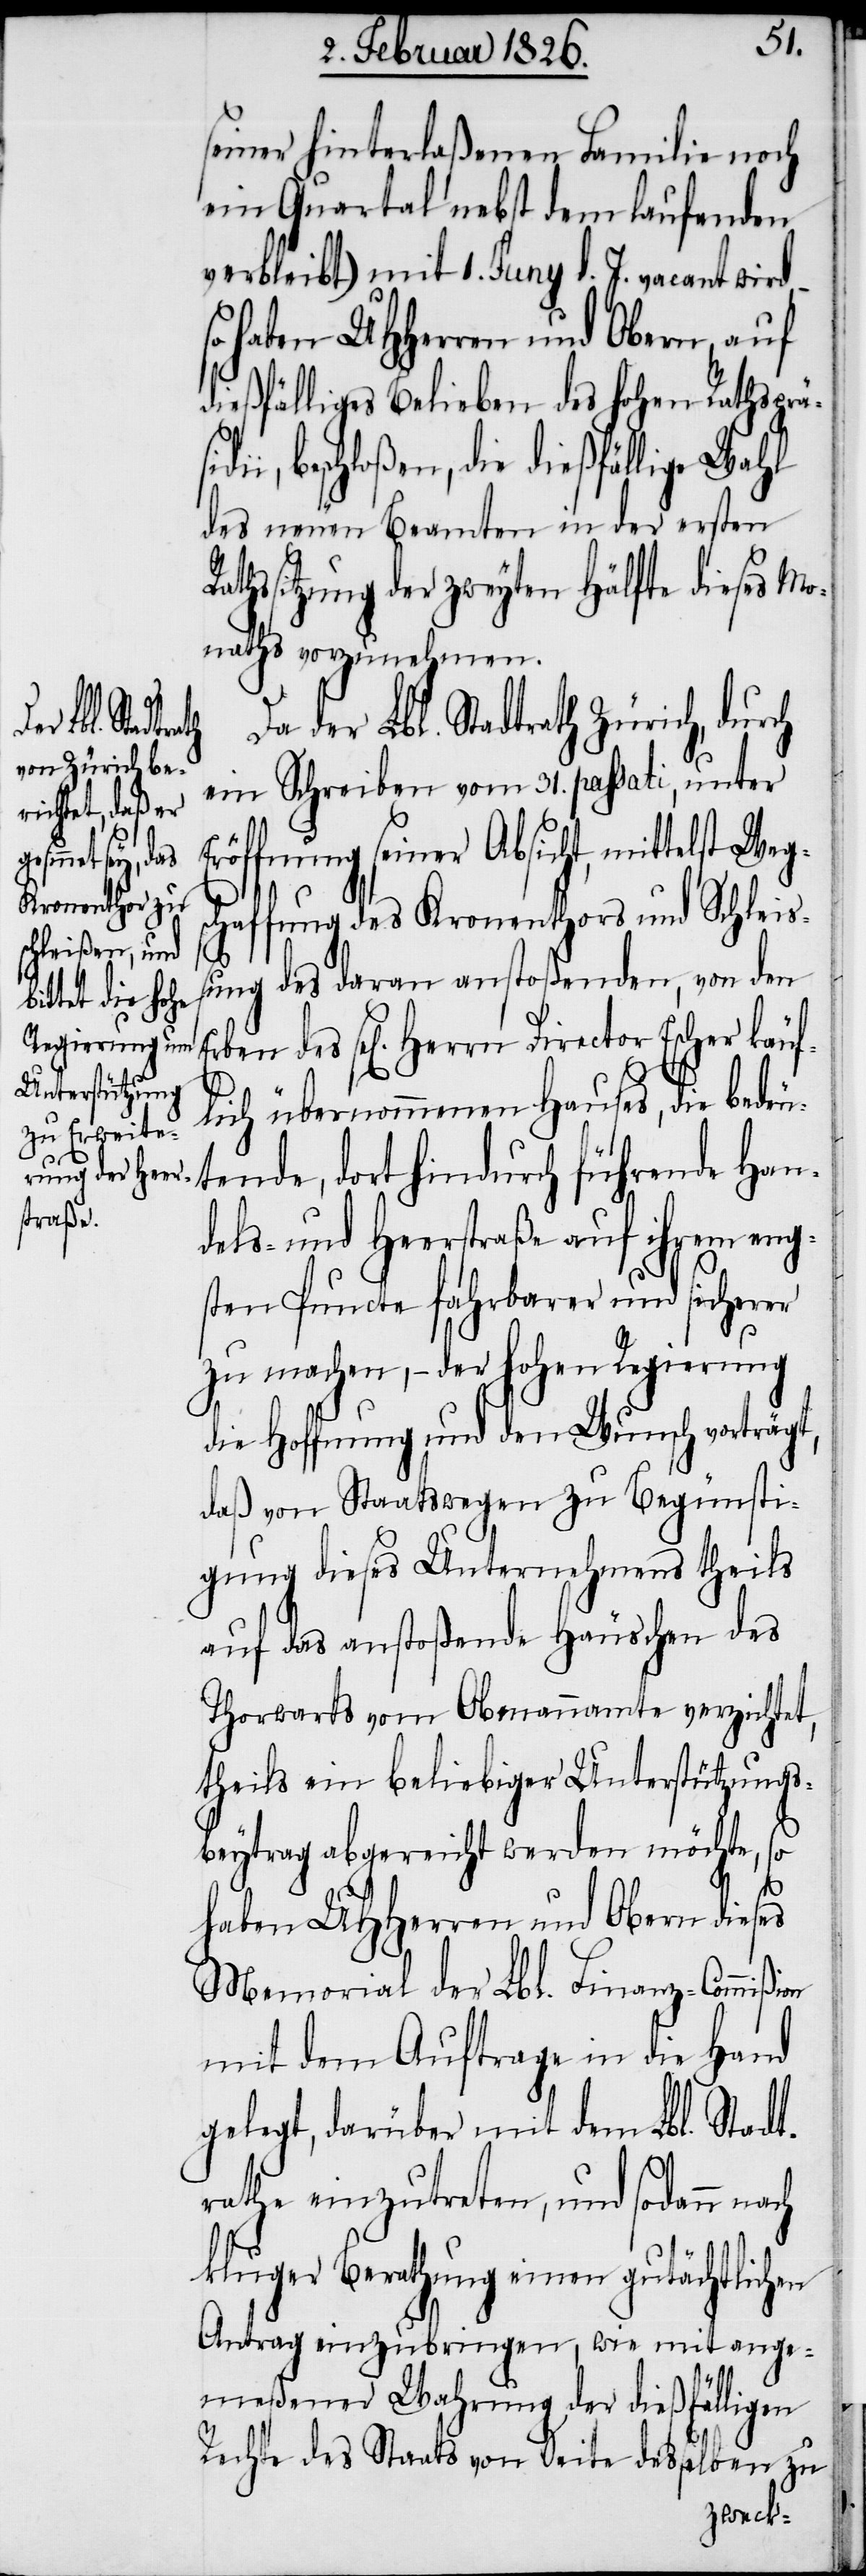
der Lbl. Stadtrath Zürich, durch
ein Schreiben vom 31. passati, unter
Eröffnung seiner Absicht, mittelst Wegsc¬
haffung des Kronenthors und Schleiß¬
ung des daran anstoßenden, von den
sel[igen] Herrn Director Escher käuf¬
lich übernommenen Hauses, die bedeu¬
tende, dort hindurch führende Han¬
dels- und Heerstraße auf ihrem eng¬
sten Puncte fahrbarer und sicherer
zu machen, – der hohen Regierung
die Hoffnung und den Wunsch vorträgt,
daß von Staatswegen zu Begünsti¬
gung dieses Unternehmens theils
auf das anstoßende Häuschen des
Thorwarts vom Obmannamte verzichtet,
theils ein beliebiger Unterstützungs¬
beytrag abgereicht werden möchte, so
haben UHHerren und Obern dieses
Memorial der Lbl. Finanz-Commißion
mit dem Auftrage in die Hand
gelegt, darüber mit dem Lbl. Stadt¬
rathe einzutreten, und sodann
kluger Berathung einen gutächtlichen
Antrag einzubringen, wie mit ange¬
meßener Wahrung der dießfälligen
Rechte des Staats von Seite desselben zu